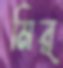
মির্